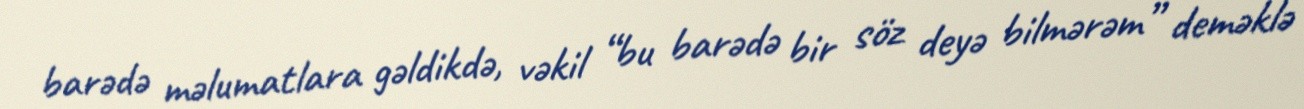
barədə məlumatlara gəldikdə, vəkil “bu barədə bir söz deyə bilmərəm” deməklə